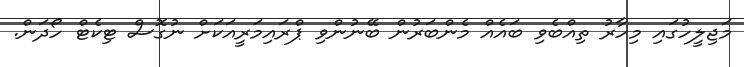
މަޖިލީހުގައި މިހާރު ތިއްބެވި ބައެއް މެންބަރުން ބޭނުންވި ޕްރައިމަރީއަކަށް ނުގޮސް ޓިކެޓް ހޯދަން.